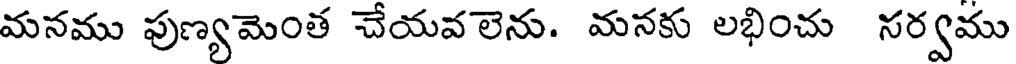
మనము పుణ్యమెంత చేయవలెను. మనకు లభించు సర్వము